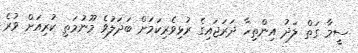
ސީމާ ގަތް ލަދު އިންތިހާ ދަރަޖައިގެ ރުޅިވެރިކަމަށް ބަދަލުވެ މޫނުމަތި ކުރިއަށް ވުރެ